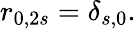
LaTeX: r_{0,2s}=\delta_{s,0}.